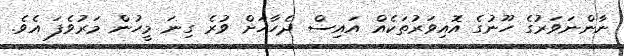
ނާންނަވަރުގެ ހޫނުގެ އޮއިވަރުތަކެއް އައިސް ދެހާހަށް ވުރެ ގިނަ މީހުން މަރުވެފަ އެވެ.